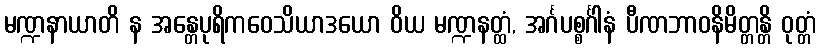
မဏ္ဍနာယာတိ န အန္တေပုရိကဝေသိယာဒယော ဝိယ မဏ္ဍနတ္ထံ, အင်္ဂပစ္စင်္ဂါနံ ပီဏဘာဝနိမိတ္တန္တိ ဝုတ္တံ